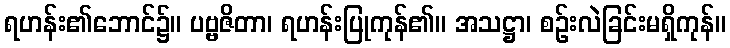
ရဟန်း၏ဘောင်၌။ ပဗ္ဗဇိတာ၊ ရဟန်းပြုကုန်၏။ အသဋ္ဌာ၊ စဉ်းလဲခြင်းမရှိကုန်။